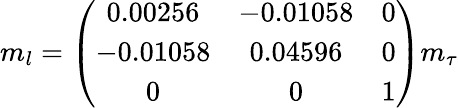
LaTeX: m_{l}=\left(\begin{array}{ccc}{{0.00256}}&{{-0.01058}}&{{0}}\\ {{-0.01058}}&{{0.04596}}&{{0}}\\ {{0}}&{{0}}&{{1}}\end{array}\right)m_{\tau}